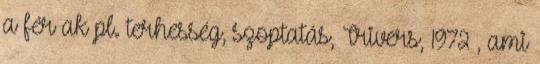
a férﬁak pl. terhesség, szoptatás, Trivers, 1972 , ami